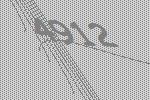
4912